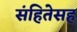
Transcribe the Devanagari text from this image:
संहितेसह